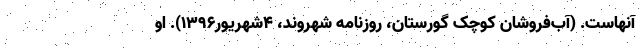
آنهاست. (آب‌فروشان کوچک گورستان، روزنامه شهروند، 4شهریور1396). او